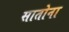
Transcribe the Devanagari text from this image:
सातोना